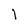
Character: l